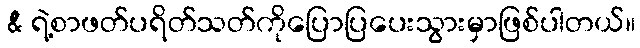
& ရဲ့စာဖတ်ပရိတ်သတ်ကိုပြောပြပေးသွားမှာဖြစ်ပါတယ်။